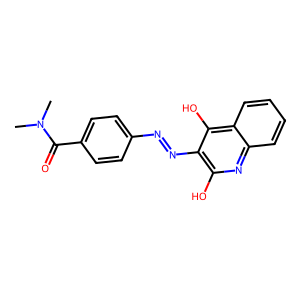
SMILES: CN(C)C(=O)c1ccc(N=Nc2c(O)nc3ccccc3c2O)cc1
Inhibits HIV replication: No